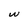
Character: w